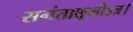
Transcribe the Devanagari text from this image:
समंताछ्रमोऽत्र।